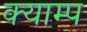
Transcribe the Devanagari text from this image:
क्याम्प